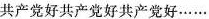
共产党好共产党好共产党好……